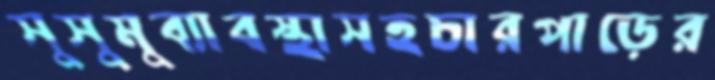
সুসুমুব্যাবস্থাসহচারপাড়ের